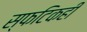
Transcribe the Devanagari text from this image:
स्फटिकही